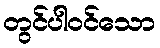
တွင်ပါဝင်သော